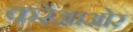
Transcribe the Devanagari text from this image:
करेंआओर